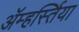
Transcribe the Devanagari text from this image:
ॲम्हर्स्तिया